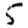
Digit: 5